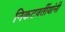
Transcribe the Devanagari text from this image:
निकटवर्तीयांनी